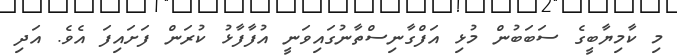
މި ކާމިޔާބީގެ ސަބަބުން މުޅި އަފްގާނިސްތާނުގައިވަނީ އުފާފާޅު ކުރަން ފަށައިފަ އެވެ. އަދި